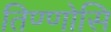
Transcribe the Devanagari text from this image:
तिण्णोसि